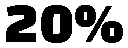
20%